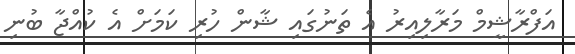
އަފްރާޝީމް މަރާލިއިރު އެ ތަނުގައި ޝާން ހުރި ކަމަށް އެ ކުއްޖާ ބުނި